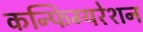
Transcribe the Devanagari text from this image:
कन्फिग्यरेशन